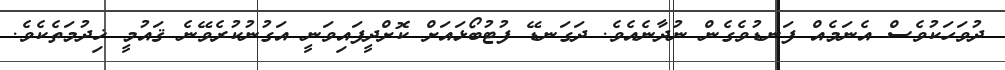
ދުވަހަކުވެސް އެނަމެއް ފަނޑުވެގެން ނުދާނެއެވެ. ދަގަނޑޭ ފުޓުބޯޅައަށް ކޮށްދީފައިވަނީ އަގުނުކުރެވޭނެ ޤައުމީ ޚިދުމަތެކެވެ.